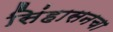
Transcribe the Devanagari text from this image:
सिंहासनचा